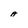
Character: A